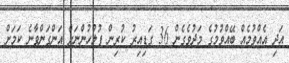
އަދި އެއްވުމެއް ބޭއްވުމުގެ މަދުވެގެން 36 ގަޑިއިރު ކުރިން ފުލުހުންނަށް އަންގަންވާނެ ކަމަށް